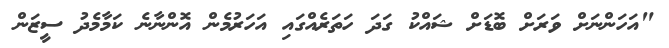
"އަހަންނަށް ވަރަށް ބޮޑަށް ޝައްކު ގަދަ ހަތަރެއްގައި އަހަރުމެން އޮންނާނެ ކަމާމެދު ސީޒަން